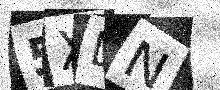
Text: 5XDN